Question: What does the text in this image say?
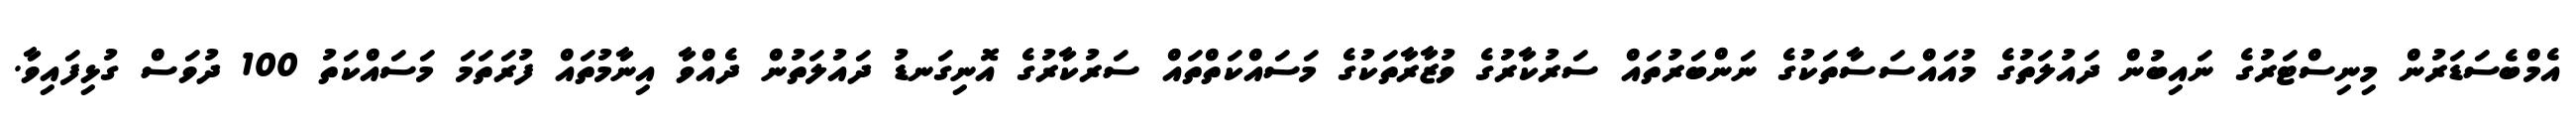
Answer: އެމްބެސަޑަރުން މިނިސްޓަރުގެ ނައިބުން ދައުލަތުގެ މުއައްސަސާތަކުގެ ނަންބަރުތައް ސަރުކާރުގެ ވުޒާރާތަކުގެ މަސައްކަތްތައް ސަރުކާރުގެ އޮނިގަނޑު ދައުލަތުން ދެއްވާ އިނާމުތައް ފުރަތަމަ މަސައްކަތު 100 ދުވަސް ގުޅިފައިވާ.